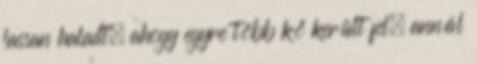
lassan haladt, ahogy egyre több kő került fel, annál